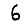
Digit: 6